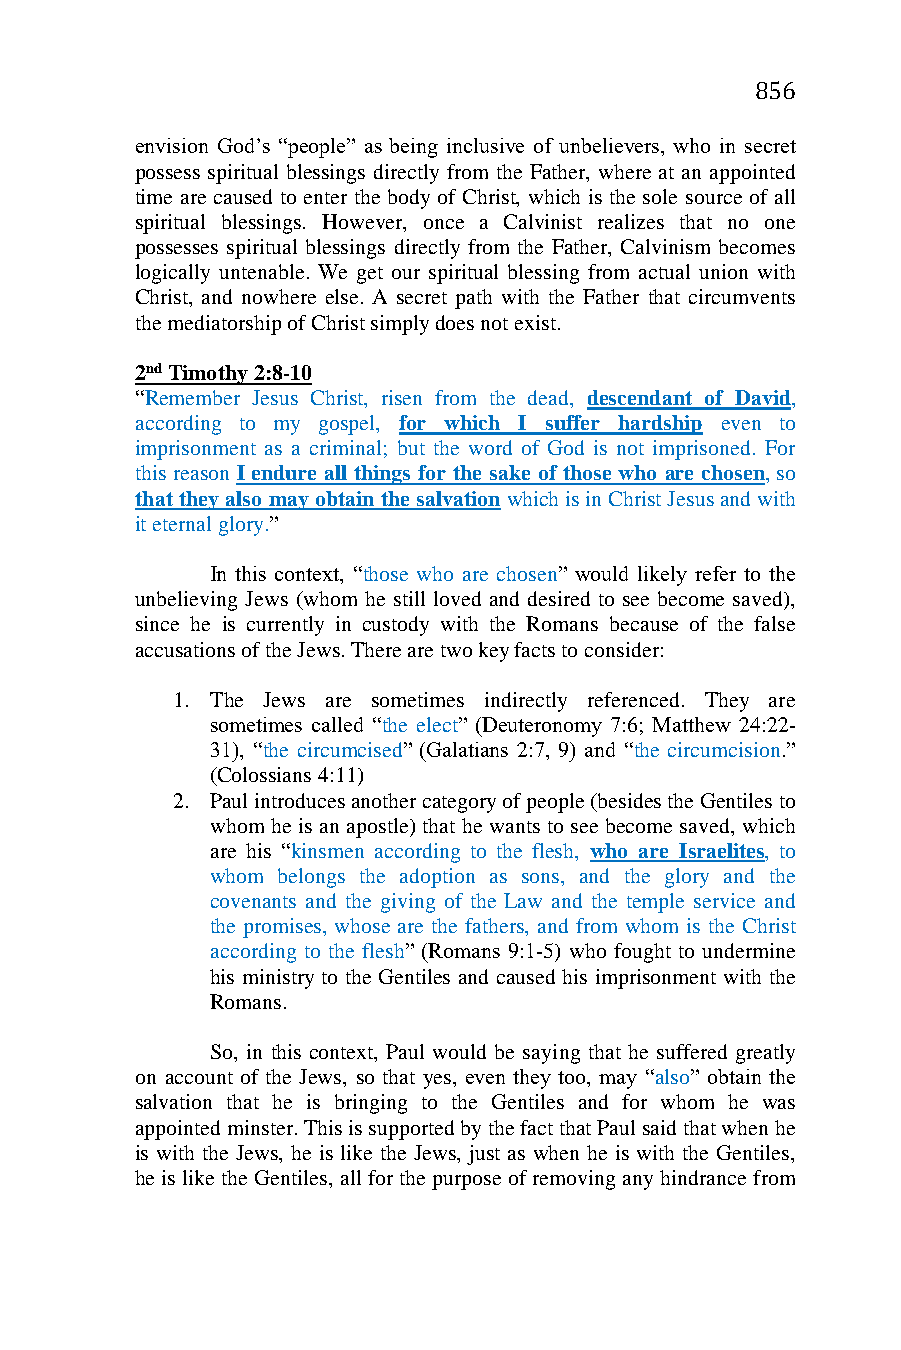
856
 envision God’s “people” as being inclusive of unbelievers, who in secret
 possess spiritual blessings directly from the Father, where at an appointed
 time are caused to enter the body of Christ, which is the sole source of all
 spiritual blessings. However, once a Calvinist realizes that no one
 possesses spiritual blessings directly from the Father, Calvinism becomes
 logically untenable. We get our spiritual blessing from actual union with
 Christ, and nowhere else. A secret path with the Father that circumvents
 the mediatorship of Christ simply does not exist.
 2nd Timothy 2:8-10
 “Remember Jesus Christ, risen from the dead, descendant of David,
 according to my gospel, for which I suffer hardship even to
 imprisonment as a criminal; but the word of God is not imprisoned. For
 this reason I endure all things for the sake of those who are chosen, so
 that they also may obtain the salvation which is in Christ Jesus and with
 it eternal glory.”
 In this context, “those who are chosen” would likely refer to the
 unbelieving Jews (whom he still loved and desired to see become saved),
 since he is currently in custody with the Romans because of the false
 accusations of the Jews. There are two key facts to consider:
 1. The Jews are sometimes indirectly referenced. They are
 sometimes called “the elect” (Deuteronomy 7:6; Matthew 24:22-
 31), “the circumcised” (Galatians 2:7, 9) and “the circumcision.”
 (Colossians 4:11)
 2. Paul introduces another category of people (besides the Gentiles to
 whom he is an apostle) that he wants to see become saved, which
 are his “kinsmen according to the flesh, who are Israelites, to
 whom belongs the adoption as sons, and the glory and the
 covenants and the giving of the Law and the temple service and
 the promises, whose are the fathers, and from whom is the Christ
 according to the flesh” (Romans 9:1-5) who fought to undermine
 his ministry to the Gentiles and caused his imprisonment with the
 Romans.
 So, in this context, Paul would be saying that he suffered greatly
 on account of the Jews, so that yes, even they too, may “also” obtain the
 salvation that he is bringing to the Gentiles and for whom he was
 appointed minster. This is supported by the fact that Paul said that when he
 is with the Jews, he is like the Jews, just as when he is with the Gentiles,
 he is like the Gentiles, all for the purpose of removing any hindrance from